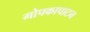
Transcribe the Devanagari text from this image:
गोपकापाटन